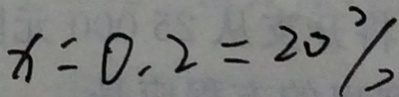
x = 0 . 2 = 2 0 \%